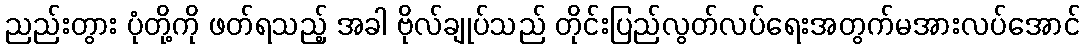
ညည်းတွား ပုံတို့ကို ဖတ်ရသည့် အခါ ဗိုလ်ချုပ်သည် တိုင်းပြည်လွတ်လပ်ရေးအတွက်မအားလပ်အောင်